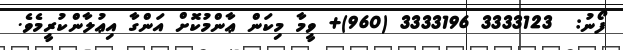
ފޯނު:  3333123 3333196 (960)+ ވީމާ މިކަން ޢާންމުކޮށް އަންގާ އިޢުލާންކުރީމެވެ.